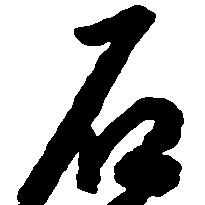
石